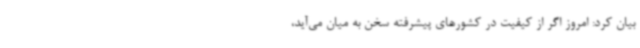
بیان کرد: امروز اگر از کیفیت در کشورهای پیشرفته سخن به میان می‌آید،